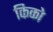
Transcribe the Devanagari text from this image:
किको